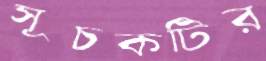
সূচকটির